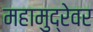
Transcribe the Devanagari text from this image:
महामुद्रेवर